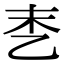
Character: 𪜑